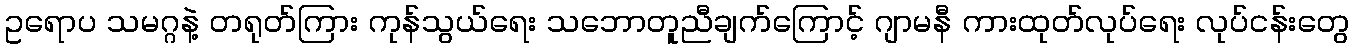
ဥရောပ သမဂ္ဂနဲ့ တရုတ်ကြား ကုန်သွယ်ရေး သဘောတူညီချက်ကြောင့် ဂျာမနီ ကားထုတ်လုပ်ရေး လုပ်ငန်းတွေ